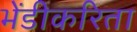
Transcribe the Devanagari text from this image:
भेंडीकरिता